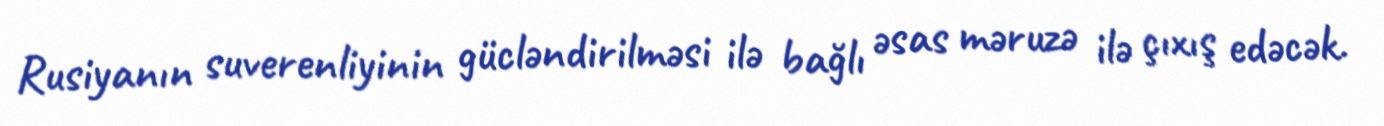
Rusiyanın suverenliyinin gücləndirilməsi ilə bağlı əsas məruzə ilə çıxış edəcək.